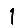
Digit: 1